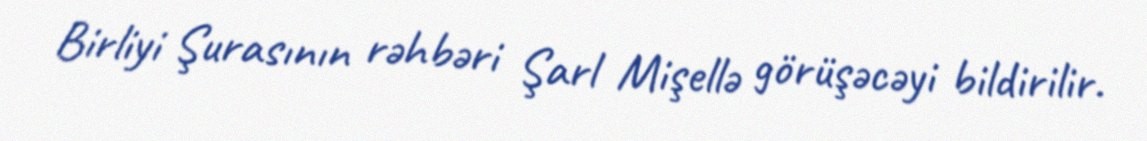
Birliyi Şurasının rəhbəri Şarl Mişellə görüşəcəyi bildirilir.